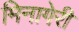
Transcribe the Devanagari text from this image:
मिनागेरी